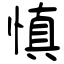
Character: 愼